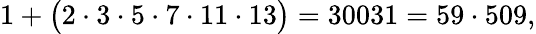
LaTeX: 1+{\big(}2\cdot 3\cdot 5\cdot 7\cdot 11\cdot 13{\big)}=30031=59\cdot 509,